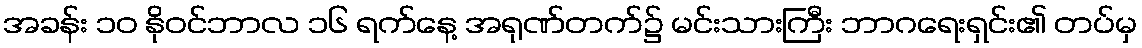
အခန်း ၁၀ နိုဝင်ဘာလ ၁၆ ရက်နေ့ အရုဏ်တက်၌ မင်းသားကြီး ဘာဂရေးရှင်း၏ တပ်မှ